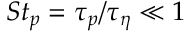
S t _ { p } = \tau _ { p } / \tau _ { \eta } \ll 1